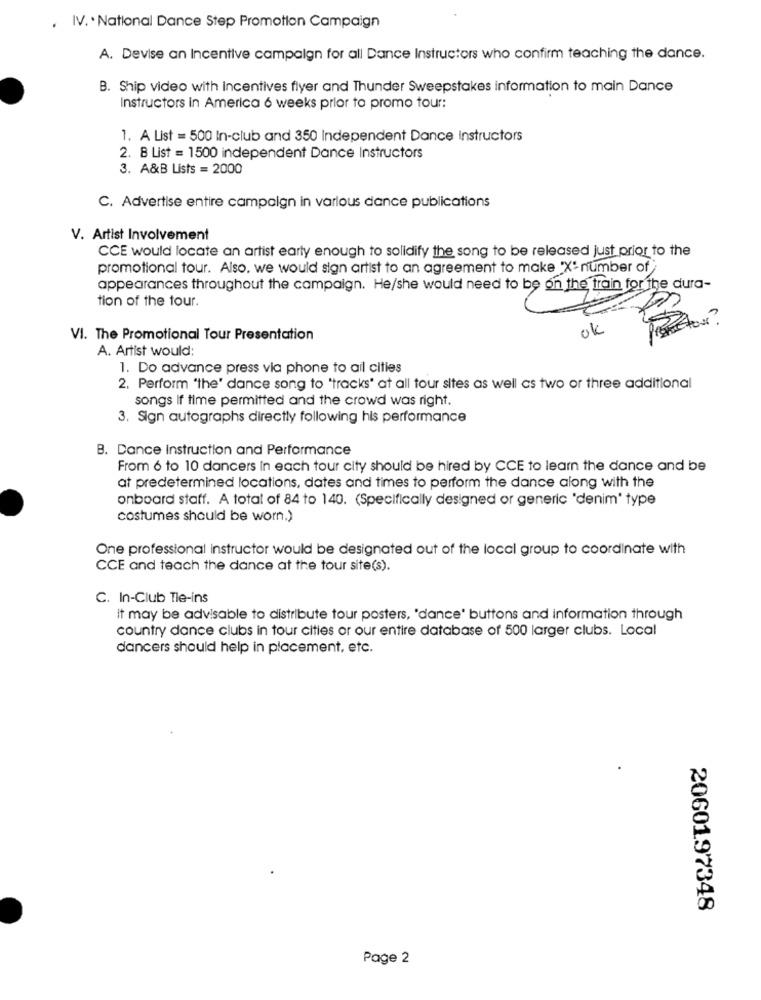
. IV .. National Dance Step Promotion Campaign
A. Devise an Incentive campaign for all Dance Instructors who confirm teaching the dance.
B. Ship video with Incentives flyer and Thunder Sweepstakes information to main Dance
Instructors in America 6 weeks prior to promo tour:
1. A List = 500 In-club and 350 Independent Dance Instructors
2. B List = 1500 independent Dance Instructors
3. A&B Lists = 2000
C. Advertise entire campaign in various dance publications
V. Artist Involvement
CCE would locate an artist early enough to solidify the song to be released just prior to the
promotional tour. Also, we would sign artist to an agreement to make 'X' number of
appearances throughout the campaign. He/she would need to be on the train for the dura-
tion of the tour.
ok
VI. The Promotional Tour Presentation
A. Artist would:
1. Do advance press via phone to ail cities
2. Perform "the' dance song to "tracks" at all tour sites as well as two or three additional
songs If time permitted and the crowd was right.
3. Sign autographs directly following his performance
B. Dance Instruction and Performance
From 6 to 10 dancers In each tour city should be hired by CCE to learn the dance and be
at predetermined locations, dates and times to perform the dance along with the
onboard staff. A total of 84 to 140. (Specifically designed or generic 'denim' type
costumes should be worn.)
One professional instructor would be designated out of the local group to coordinate with
CCE and teach the dance at the tour site(s).
C. In-Club Tie-ins
it may be advisable to distribute tour posters, 'dance' buttons and information through
country dance clubs in tour cities or our entire database of 500 larger clubs. Local
dancers should help in placement, etc.
2060197348
Page 2